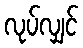
လုပ်လျှင်